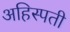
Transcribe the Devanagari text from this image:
अहिस्पती